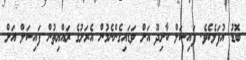
ބޮޑު އުފަލެކެވެ. ފައިސަލް ކާށިދޫ އަށް ވަޑައިގެންނެމުން އެރަށުގެ ރައްޔިތުން ފައިސަލް އަށް